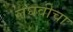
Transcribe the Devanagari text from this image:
लघवीचा